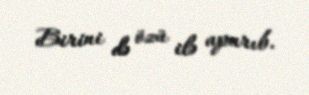
Birini də özü ilə aparıb.